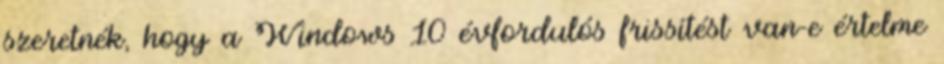
szeretnék, hogy a Windows 10 évfordulós frissítést van-e értelme